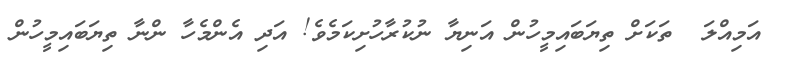
އަމިއްލަ  ތަކަށް ތިޔަބައިމީހުން އަނިޔާ ނުކުރާހުށިކަމެވެ! އަދި އެންމެހާ ންނާ ތިޔަބައިމީހުން